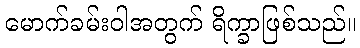
မောက်ခမ်းဝါအတွက် ရိက္ခာဖြစ်သည်။